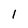
Character: 1